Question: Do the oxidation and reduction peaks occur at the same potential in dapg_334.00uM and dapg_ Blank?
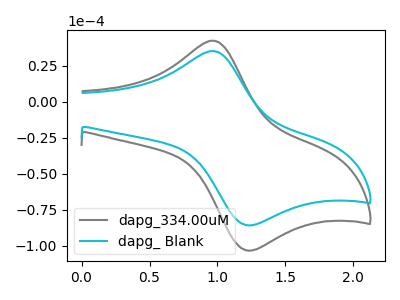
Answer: <think>The gray curve "dapg_334.00uM" has an anodic peak at (0.95V, 42.50uA) and a cathodic peak at (1.20V, -103.05uA). The cyan curve "dapg_ Blank" has an anodic peak at (0.95V, 35.25uA) and a cathodic peak at (1.20V, -85.55uA).</think>
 <answer>Yes, "dapg_334.00uM" have a peak in "dapg_ Blank" at the same potential.</answer>
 <eval>match</eval>